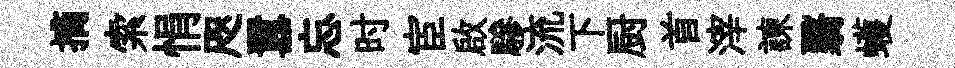
摘索悁咫囂忘时宦啟驂流下厨首滓諫翳蠖